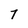
Character: 7